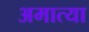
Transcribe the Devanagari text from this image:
अमात्या